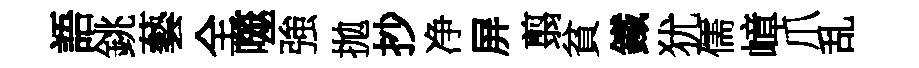
語銚藝全噬強拋抄净屏翦貧鐵犹儒嶂爪乱